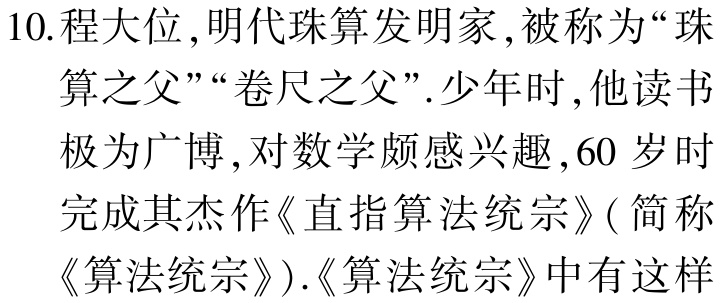
10.程大位,明代珠算发明家,被称为“珠算之父”“卷尺之父”.少年时,他读书极为广博,对数学颇感兴趣,60岁时完成其杰作《直指算法统宗》(简称《算法统宗》).《算法统宗》中有这样